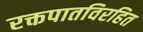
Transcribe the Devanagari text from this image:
रक्तपातविरहित